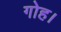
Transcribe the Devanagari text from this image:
गोह।